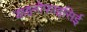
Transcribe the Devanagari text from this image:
डाइनोफाइसिई